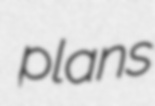
plans